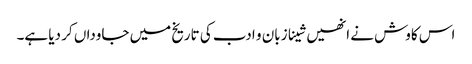
اس کاوش نے انھیں شینا زبان و ادب کی تاریخ میں جاوداں کر دیا ہے۔